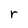
Character: r